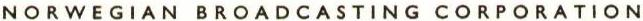
NORWEGIAN BROADCASTING CORPORATION